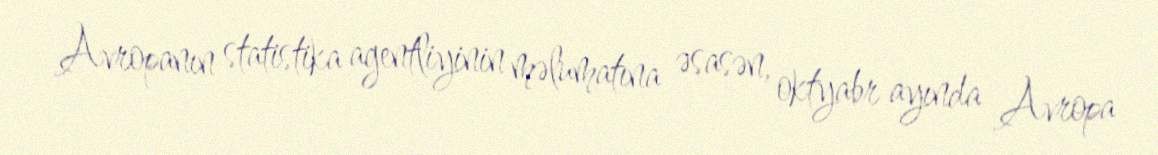
Avropanın statistika agentliyinin məlumatına əsasən, oktyabr ayında Avropa